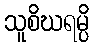
သူစိဃရမ္ပိ